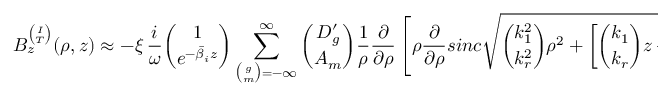
B _ { z } ^ { \binom { I } { T } } ( \rho , z ) \approx - \xi \, \frac { i } { \omega } { \binom { 1 } { e ^ { - \bar { \beta } _ { i } z } } } \sum _ { { \binom { g } { m } } = - \infty } ^ { \infty } { \binom { D _ { g } ^ { \prime } } { A _ { m } } } \frac { 1 } { \rho } \frac { \partial } { \partial \rho } \left[ \rho \frac { \partial } { \partial \rho } s i n c \sqrt { { \binom { k _ { 1 } ^ { 2 } } { k _ { r } ^ { 2 } } } \rho ^ { 2 } + \left[ { \binom { k _ { 1 } } { k _ { r } } } z + \pi { \binom { g } { m } } \right] ^ { 2 } } \right]